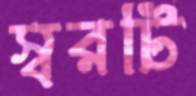
স্বরটি